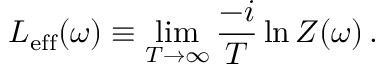
L _ { \mathrm { e f f } } ( \omega ) \equiv \operatorname * { l i m } _ { T \to \infty } \frac { - i } { T } \ln Z ( \omega ) \, .